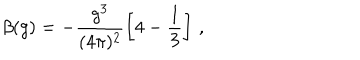
LaTeX: \beta ( g ) = - \frac { g ^ { 3 } } { ( 4 \pi ) ^ { 2 } } \left[ 4 - \frac 1 3 \right] \, ,